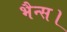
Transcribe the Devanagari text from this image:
भैन्स।